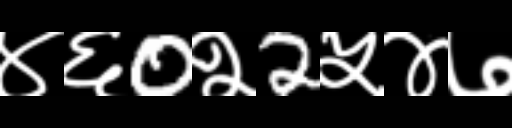
Text: ४६0२2५४७